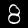
Digit: 8